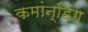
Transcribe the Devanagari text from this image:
कमांन्डिंग